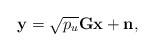
LaTeX: \begin{align*}{\bf{y}} = \sqrt {{p_u}} {\bf{Gx}} + {\bf{n}},\end{align*}